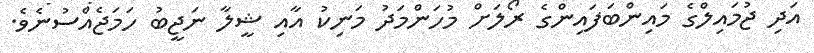
އަދި ޖުމައިލްގެ މައިންބަފައިންގެ ރޯލަށް މުހަންމަދު މަނިކު އާއި ޝީލާ ނަޖީބު ހަމަޖެއްސުނެވެ.